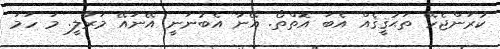
ކުރަންޖެހޭ ތަޙުޤީޤެއް އެބަ އޮތްތޯ. އޭނާ އެބުނަނީ އޭނައޭ މަރާލީ. މަ ހަމަ